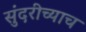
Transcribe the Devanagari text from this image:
सुंदरीच्याच